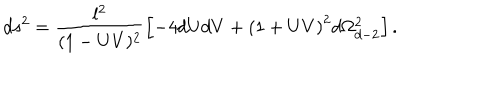
d s ^ { 2 } = \frac { l ^ { 2 } } { ( 1 - U V ) ^ { 2 } } \left[ - 4 d U d V + \left( { 1 + U V } \right) ^ { 2 } d \Omega _ { d - 2 } ^ { 2 } \right] .